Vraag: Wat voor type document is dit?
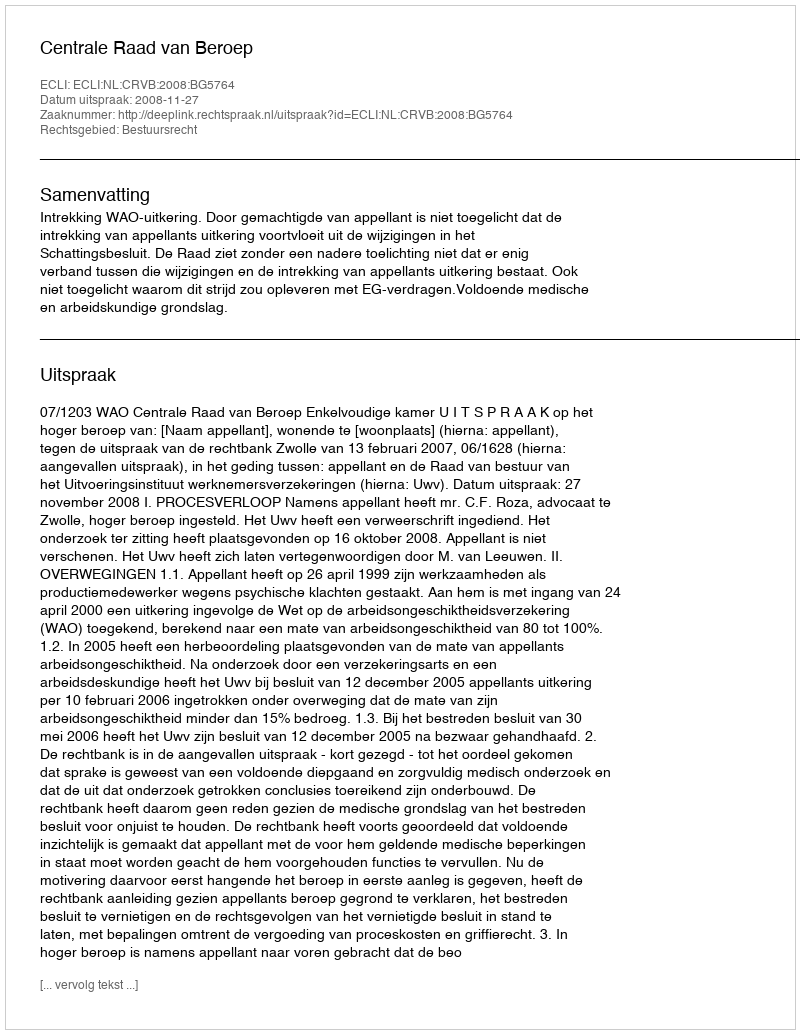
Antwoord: Uitspraak